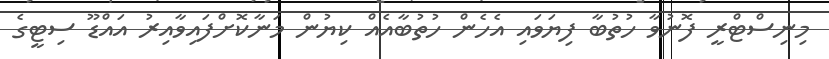
މިނިސްޓްރީ ފޮނުވާ ހުތުބާ ފިޔަވައި އެހެން ހުތުބާއެއް ކިޔުން މަނާކޮށްފައިވާއިރު އައްޑޫ ސިޓީގެ